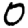
Digit: 0